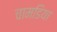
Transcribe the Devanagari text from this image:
चामडिया